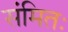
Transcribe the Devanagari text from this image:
संमितः